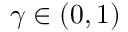
\gamma \in ( 0 , 1 )